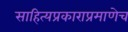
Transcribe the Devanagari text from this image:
साहित्यप्रकाराप्रमाणेच